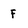
Character: F